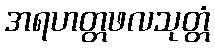
အရဟတ္တဖလသုတ္တံ